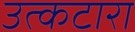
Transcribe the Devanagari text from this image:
उत्कटारा